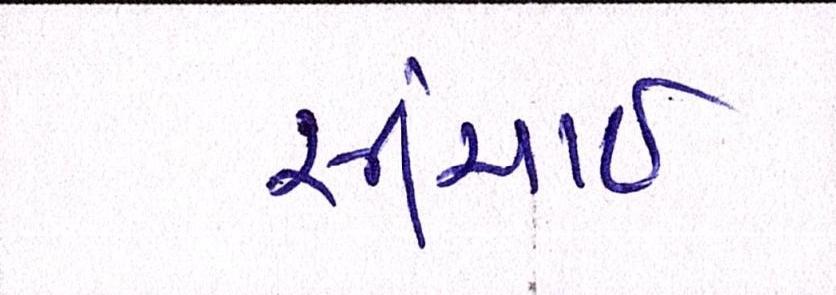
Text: સીંચાઇ